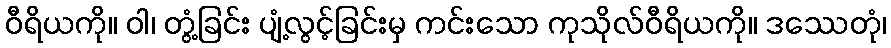
ဝီရိယကို။ ဝါ၊ တွံ့ခြင်း ပျံ့လွင့်ခြင်းမှ ကင်းသော ကုသိုလ်ဝီရိယကို။ ဒဿေတုံ၊